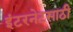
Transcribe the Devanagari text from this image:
इंटरनेटसाठी